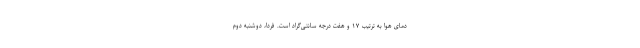
دمای هوا به ترتیب ۱۷ و هفت درجه سانتی‌گراد است. فردا، ‌دوشنبه دوم